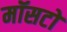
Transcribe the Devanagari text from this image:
मॉसटो